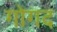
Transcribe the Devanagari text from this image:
गोगद